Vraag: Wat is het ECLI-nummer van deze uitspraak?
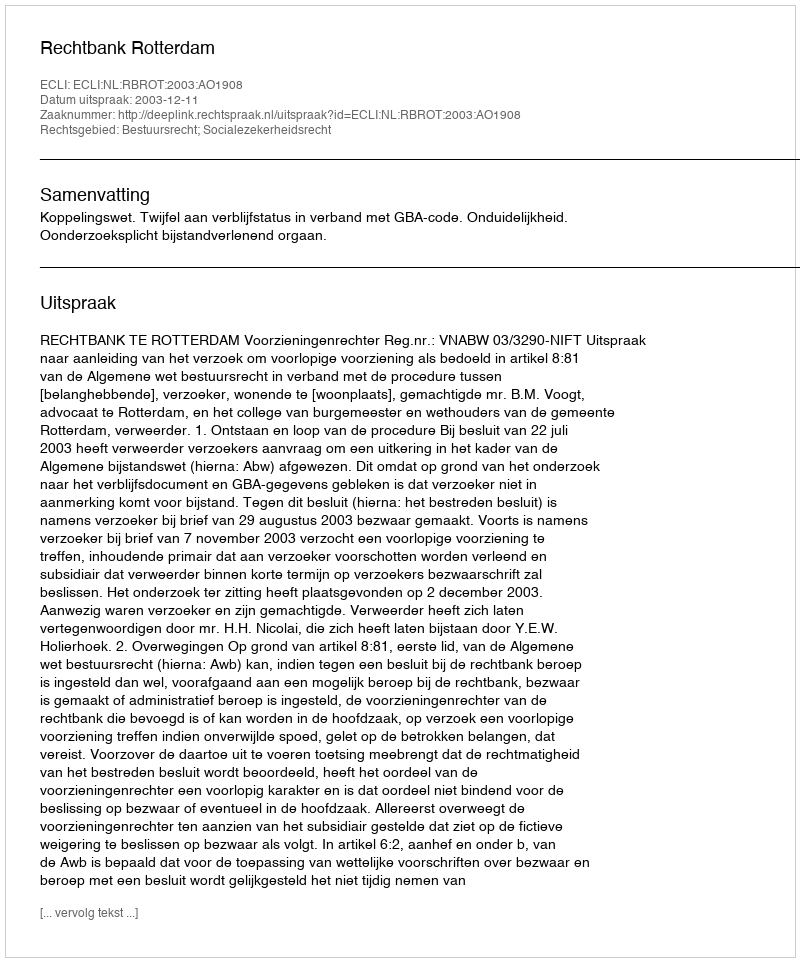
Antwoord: ECLI:NL:RBROT:2003:AO1908